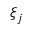
\xi _ { j }